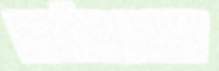
המשלוח